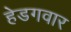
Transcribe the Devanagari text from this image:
हेडगवार